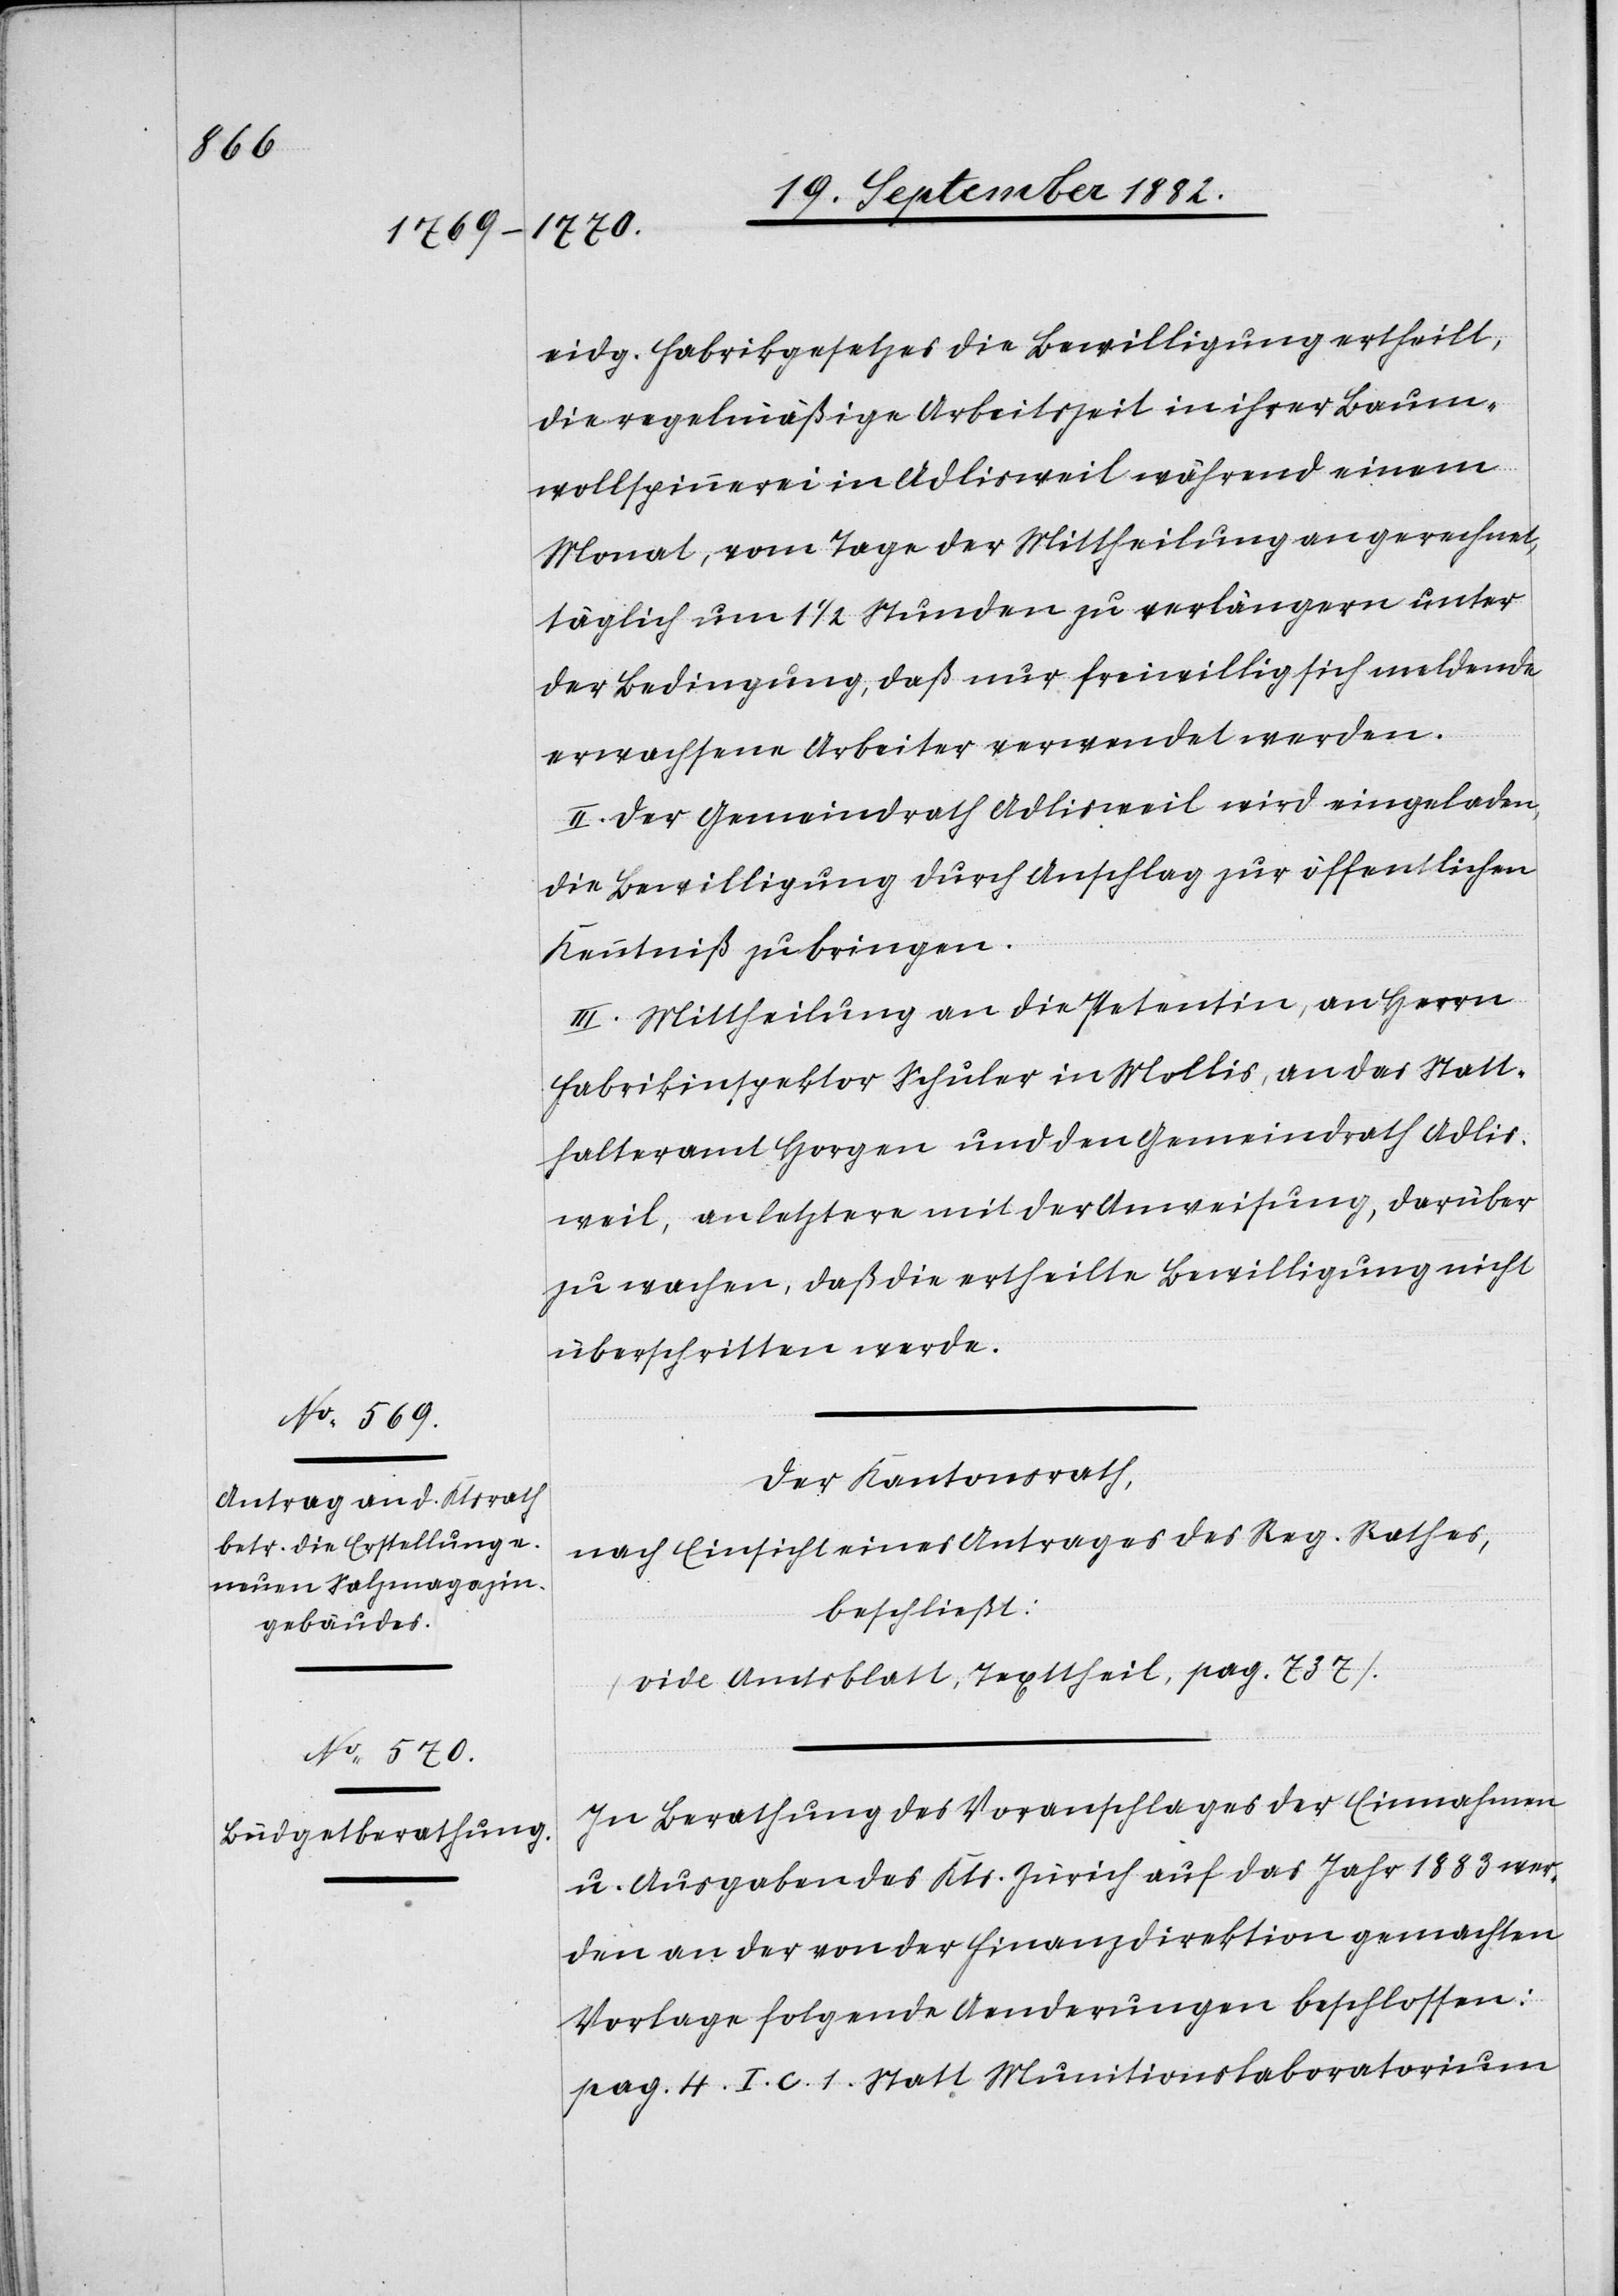
eidg. Fabrikgesetzes die Bewilligung ertheilt,
die regelmäßige Arbeitszeit in ihrer Baum¬
wollspinnerei in Adlisweil während einem
Monat, vom Tage der Mittheilung an gerechnet,
täglich um 1 1/2 Stunden zu verlängern unter
der Bedingung, daß nur freiwillig sich meldende
erwachsene Arbeiter verwendet werden.
II. Der Gemeindrath Adlisweil wird eingeladen,
die Bewilligung durch Anschlag zur öffentlichen
Kenntniß zu bringen.
III. Mittheilung an die Petentin, an Herrn
Fabrikinspektor Schuler in Mollis, an das Statt¬
halteramt Horgen und den Gemeindrath Adlis¬
weil, an letztere mit der Anweisung, darüber
zu wachen, daß die ertheilte Bewilligung nicht
überschritten werde.
Der Kantonsrath,
nach Einsicht eines Antrages des Reg. Rathes,
beschließt:
(vide Amtsblatt, Texttheil, pag. 737).
In Berathung des Voranschlages der Einnahmen
u. Ausgaben des Kts. Zürich auf das Jahr 1883 wer¬
den an der von der Finanzdirektion gemachten
Vorlage folgende Aenderungen beschlossen:
pag. 4 I. c. 1. Statt Munitionslaboratorium